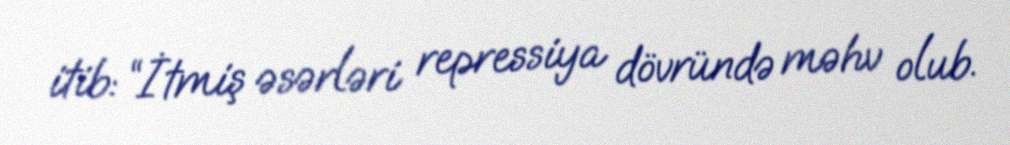
itib: “İtmiş əsərləri repressiya dövründə məhv olub.